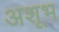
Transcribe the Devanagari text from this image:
अशूभ